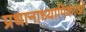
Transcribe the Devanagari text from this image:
प्रधानाध्यापिकाओं